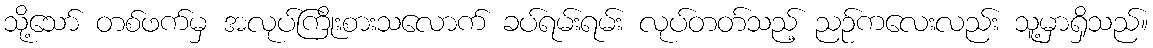
သို့သော် တစ်ဖက်မှ အလုပ်ကြိုးစားသလောက် ခပ်ရမ်းရမ်း လုပ်တတ်သည့် ညဉ်ကလေးလည်း သူ့မှာရှိသည်။